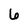
Character: 6